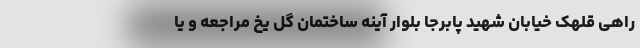
راهی قلهک خیابان شهید پابرجا بلوار آینه ساختمان گل یخ مراجعه و یا